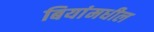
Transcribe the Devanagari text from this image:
बियांमधील